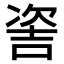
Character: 𠸆